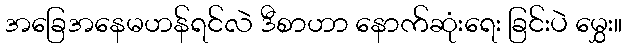
အခြေအနေမဟန်ရင်လဲ ဒီစာဟာ နောက်ဆုံးရေး ခြင်းပဲ မွှေး။